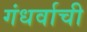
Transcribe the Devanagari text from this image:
गंधर्वाची